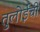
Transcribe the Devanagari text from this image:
तुलोईची